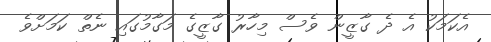
އެކަމަކު އެ ދެ ގާޒީން ވެސް މިހާރު ގާޒީގެ މަގާމުގައި ނެތް ކަމަށްވެ